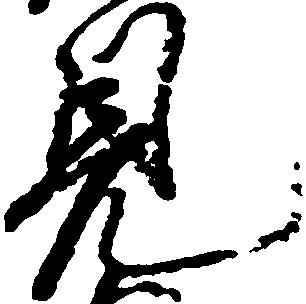
見